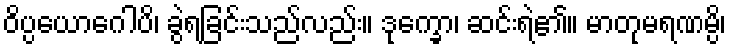
ဝိပ္ပယောဂေါပိ၊ ခွဲရခြင်းသည်လည်း။ ဒုက္ခော၊ ဆင်းရဲ၏။ မာတုမရဏမ္ပိ၊